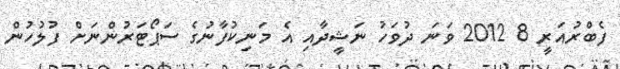
ފެބްރުއަރީ 8 2012 ވަނަ ދުވަހު ނަޝީދާއި އެ މަނިކުފާނުގެ ސަޕޯޓަރުންނަށް ފުލުހުން